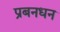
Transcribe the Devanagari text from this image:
प्रबनधन